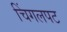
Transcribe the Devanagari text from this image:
चिंगलपट